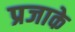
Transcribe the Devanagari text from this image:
प्रजाके